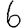
Digit: 6